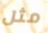
مثل